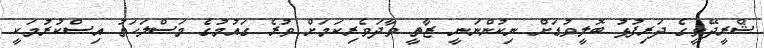
ޝްރީދޭވީގެ ދަރިފުޅު ބޮލީވުޑަށް ނިކުންނަނީ ޒާތީ ވާދަވެރިކަމަށް ވުރެ ގައުމުގެ މަސްލަހަތު އިސްކުރުމަކީ